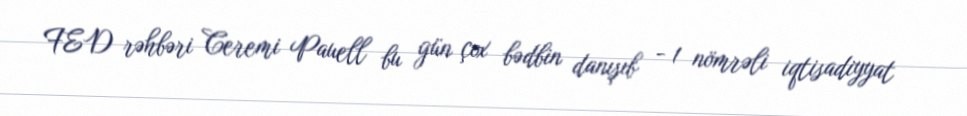
FED rəhbəri Ceremi Pauell bu gün çox bədbin danışıb - 1 nömrəli iqtisadiyyat